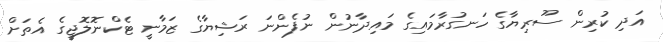
އަދި ކުރިން ސޫރިޔާގެ ހަނގުރާމައިގެ މައިދާނުން ނުފެންނަ ރަޝިޔާގެ ޒަމާނީ ޓެކްނޮލޮޖީގެ އެތަށް